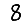
Digit: 8